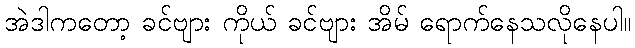
အဲဒါကတော့ ခင်ဗျား ကိုယ် ခင်ဗျား အိမ် ရောက်နေသလိုနေပါ။